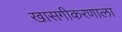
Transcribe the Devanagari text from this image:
खासगीकरणाला